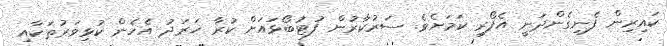
ކައިރިން ފެނިގެންދަނީ އެފޯރި ކަމަށެވެ. ސަރުކާރުން ފުޓުބޯޅައަށް ކުރާ ޚަރަދު އެހެން ކުޅިވަރުތަކާއި